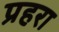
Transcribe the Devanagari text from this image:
प्रहरा